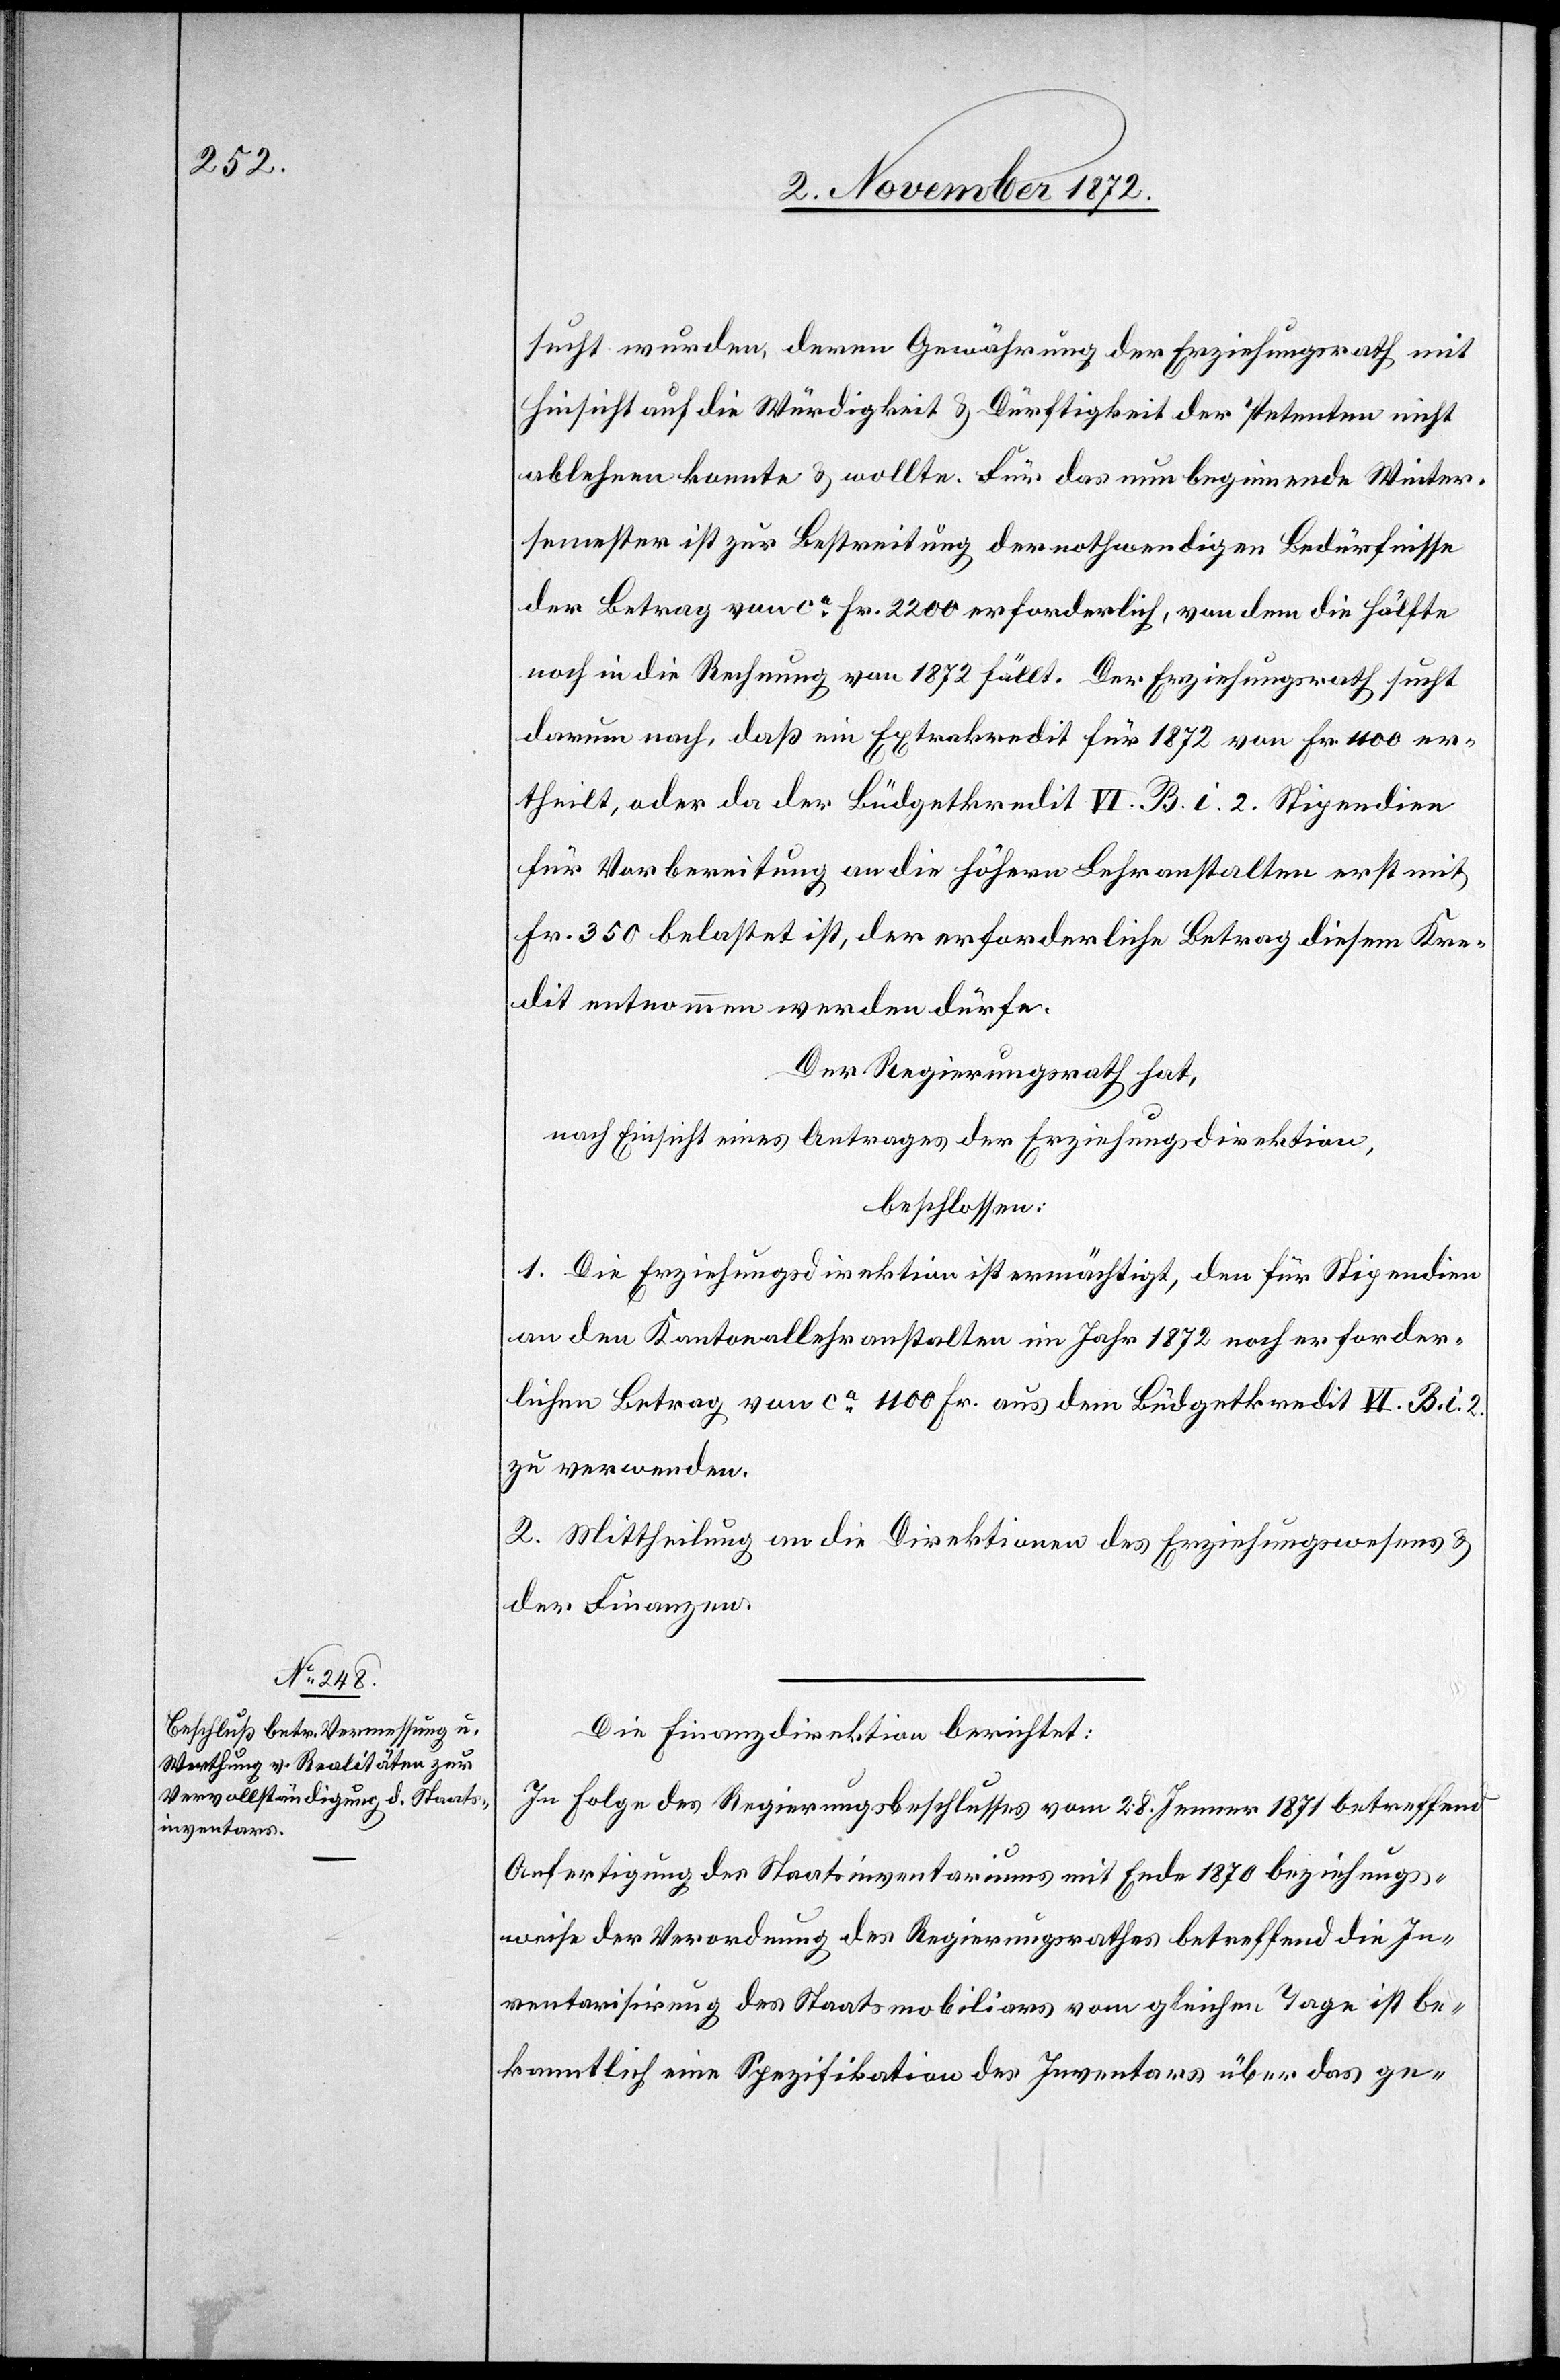
sucht wurden, deren Gewährung der Erziehungsrath mit
Hinsicht auf die Würdigkeit u. Dürftigkeit der Petenten nicht
ablehnen konnte u. wollte. Für das nun beginnende Winter¬
semester ist zur Bestreitung der nothwendigen Bedürfnisse
der Betrag von ca Fr. 2200 erforderlich, von dem die Hälfte
noch in die Rechnung von 1872 fällt. Der Erziehungsrath sucht
darum nach, daß ein Extrakredit für 1872 von Fr. 1100 er¬
theilt, oder da der Büdgetkredit VI. B. i. 2. Stipendien
für Vorbereitung an die höhern Lehranstalten erst mit
Fr. 350 belastet ist, der erforderliche Betrag diesem Kre¬
dit entnommen werden dürfe.
Der Regierungsrath hat,
nach Einsicht eines Antrages der Erziehungsdirektion,
beschlossen:
1. Die Erziehungsdirektion ist ermächtigt, den für Stipendien
an den Kantonallehranstalten im Jahr 1872 noch erforder¬
lichen Betrag von ca 1100 Fr. aus dem Büdgetkredit VI. B. i. 2.
zu verwenden.
2. Mittheilung an die Direktionen des Erziehungswesens u.
der Finanzen.
Die Finanzdirektion berichtet:
In Folge des Regierungsbeschlusses vom 28. Jenner 1871 betreffend
Anfertigung des Staatsinventariums mit Ende 1870 beziehungs¬
weise der Verordnung des Regierungsrathes betreffend die In¬
ventarisirung des Staatsmobiliars vom gleichen Tage ist be¬
kanntlich eine Spezifikation des Inventars über das ge-